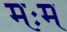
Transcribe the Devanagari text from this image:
मःम